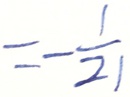
= - \frac { 1 } { 2 1 }